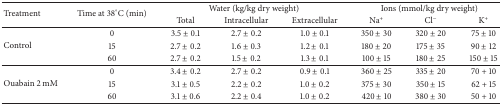
<table><thead><tr><td rowspan="2"><b>Treatment</b></td><td rowspan="2"><b>Time at 38°C (min)</b></td><td colspan="3"><b> Water (kg/kg dry weight)</b></td><td colspan="3"><b> Ions (mmol/kg dry weight)</b></td></tr><tr><td><b>Total</b></td><td><b>Intracellular</b></td><td><b>Extracellular</b></td><td><b>Na<sup>+</sup></b></td><td><b>Cl<sup>−</sup></b></td><td><b>K<sup>+</sup></b></td></tr></thead><tbody><tr><td rowspan="3">Control</td><td> 0 </td><td> 3.5 ± 0.1</td><td> 2.7 ± 0.2</td><td> 1.0 ± 0.1</td><td> 350 ± 30</td><td> 320 ± 20</td><td> 75 ± 10</td></tr><tr><td> 15 </td><td> 2.7 ± 0.2</td><td> 1.6 ± 0.3</td><td> 1.2 ± 0.1</td><td> 180 ± 20</td><td> 175 ± 35</td><td> 90 ± 12</td></tr><tr><td> 60 </td><td> 2.7 ± 0.2</td><td> 1.5 ± 0.2</td><td> 1.3 ± 0.1</td><td> 100 ± 15</td><td> 180 ± 25</td><td> 150 ± 15</td></tr><tr><td rowspan="3">Ouabain 2 mM</td><td> 0 </td><td> 3.4 ± 0.2</td><td> 2.7 ± 0.2</td><td> 0.9 ± 0.1</td><td> 360 ± 25</td><td> 335 ± 20</td><td> 70 + 10</td></tr><tr><td> 15 </td><td> 3.1 ± 0.5</td><td> 2.2 ± 0.2</td><td> 1.0 ± 0.2</td><td> 375 ± 30</td><td> 350 ± 15</td><td> 62 + 15</td></tr><tr><td> 60 </td><td> 3.1 ± 0.6 </td><td> 2.2 ± 0.4</td><td> 1.0 ± 0.2</td><td> 420 ± 10</td><td> 380 ± 30</td><td> 50 + 10</td></tr></tbody></table>